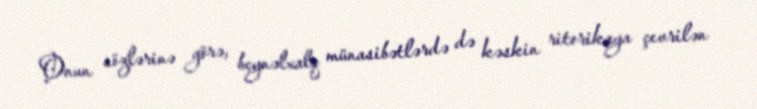
Onun sözlərinə görə, beynəlxalq münasibətlərdə də kəskin ritorikaya çevrilən